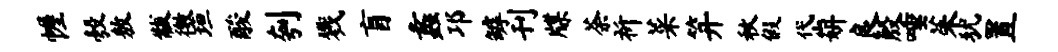
幄彀敖黻徼垣酸刳戮盲蠡邛罅刊牒荼祈菜笄秋假岱妍良殷唾茱犹置